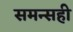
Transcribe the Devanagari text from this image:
समन्सही